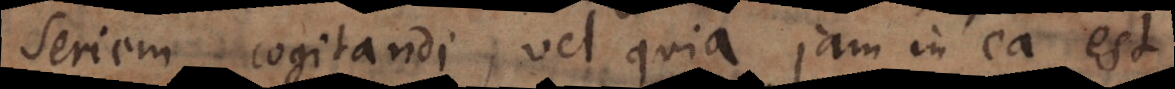
seriem cogitandi, vel quia jam in ea est,